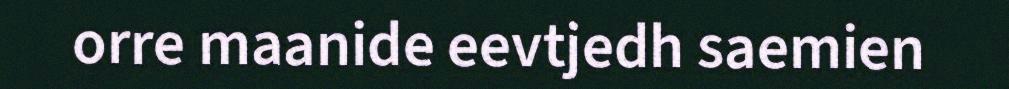
orre maanide eevtjedh saemien